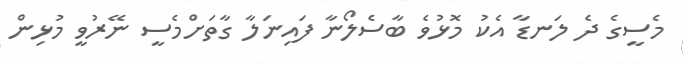
މެސީގެ ދެ ލަނޑާ އެކު މޮޅުވެ ބާސެލޯނާ ފައިނަލާ ގާތަށްމެސީ ނޭރުވީ މުޅިން